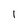
Character: I